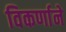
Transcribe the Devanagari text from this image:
विकर्णाने